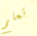
تعلم